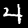
Digit: 4